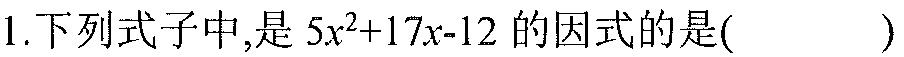
1.下列式子中,是\(5x^{2}+17x - 12\)的因式的是( )